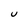
Character: U